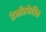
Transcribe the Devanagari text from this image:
हेमीस्फेरिक